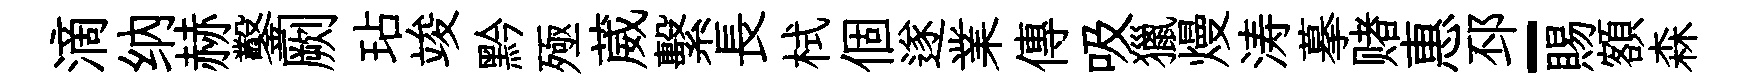
滴纳赫鑿劂玷竣黔殛葳繫長栻個遂業傳吸獵熳涛摹赌惠邳-賜額森